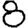
Digit: 8